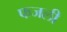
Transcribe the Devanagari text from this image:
फजली